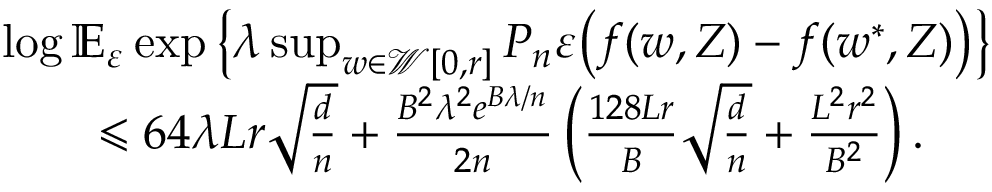
\begin{array} { r l } & { \log \mathbb E _ { \varepsilon } \exp \left\{ \lambda \operatorname* { s u p } _ { w \in \mathcal W [ 0 , r ] } P _ { n } \varepsilon \big ( f ( w , Z ) - f ( w ^ { * } , Z ) \big ) \right\} } \\ & { \qquad \leqslant 6 4 \lambda L r \sqrt { \frac { d } n } + \frac { B ^ { 2 } \lambda ^ { 2 } e ^ { B \lambda / n } } { 2 n } \left( \frac { 1 2 8 L r } { B } \sqrt { \frac { d } n } + \frac { L ^ { 2 } r ^ { 2 } } { B ^ { 2 } } \right) . } \end{array}